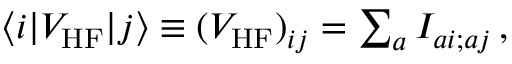
\begin{array} { r } { \langle i | V _ { \mathrm { H F } } | j \rangle \equiv ( V _ { \mathrm { H F } } ) _ { i j } = \sum _ { a } I _ { a i ; a j } \, , } \end{array}